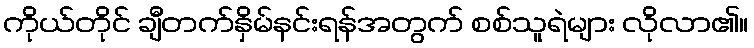
ကိုယ်တိုင် ချီတက်နှိမ်နင်းရန်အတွက် စစ်သူရဲများ လိုလာ၏။